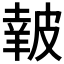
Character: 𥀀